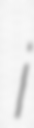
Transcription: i